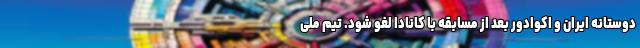
دوستانه ایران و اکوادور بعد از مسابقه با کانادا لغو شود. تیم ملی